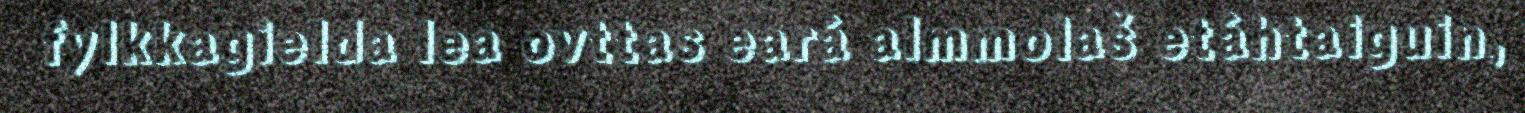
fylkkagielda lea ovttas eará almmolaš etáhtaiguin,